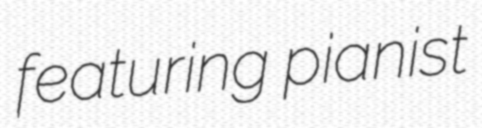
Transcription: featuring pianist